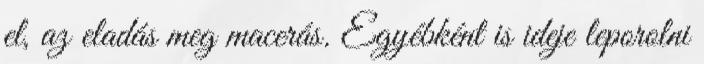
el, az eladás meg macerás. Egyébként is ideje leporolni